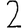
Digit: 2